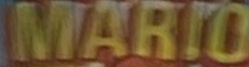
MARIO